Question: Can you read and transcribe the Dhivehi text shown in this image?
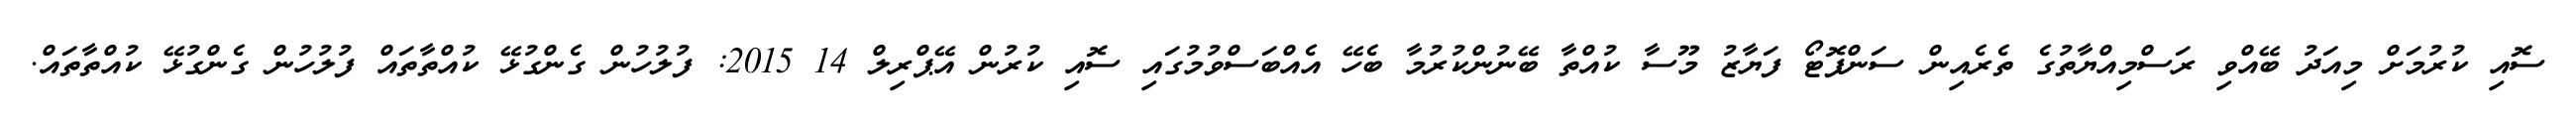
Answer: ސޮއި ކުރުމަށް މިއަދު ބޭއްވި ރަސްމިއްޔާތުގެ ތެރެއިން ސަންފޮޓޯ ފަޔާޒު މޫސާ ކުއްތާ ބޭނުންކުރުމާ ބެހޭ އެއްބަސްވުމުގައި ސޮއި ކުރުން އޭޕްރިލް 14 2015: ފުލުހުން ގެންގުޅޭ ކުއްތާތައް ފުލުހުން ގެންގުޅޭ ކުއްތާތައް.